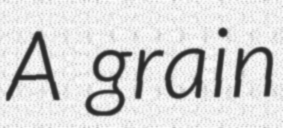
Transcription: A grain